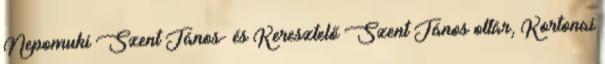
Nepomuki Szent János- és Keresztelő Szent János oltár, Kortonai